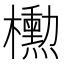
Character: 𪴚